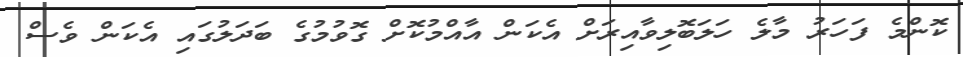
ކޮންމެ ފަހަރު މާލެ ހަލަބޮލިވާއިރަށް އެކަން އާއްމުކޮށް ގޮވުމުގެ ބަދަލުގައި އެކަން ވެސް